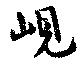
峴